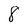
Character: 8